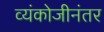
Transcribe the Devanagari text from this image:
व्यंकोजीनंतर